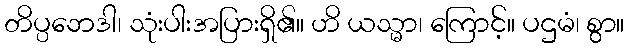
တိပ္ပဘေဒါ၊ သုံးပါးအပြားရှိ၏။ ဟိ ယသ္မာ၊ ကြောင့်။ ပဌမံ၊ စွာ။